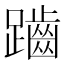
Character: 𪘏